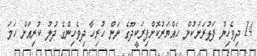
14 ދިވެހިން ފަޅުރަށަކުން ހައްޔަރުކޮށްފިރަކީދޫގެ ނަން ހުރިހާ ދިވެހިންގެ ދުލު ކުރިއަށް ހަމަ